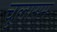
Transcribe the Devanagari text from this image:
चुलाराम